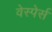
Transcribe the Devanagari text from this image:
वेस्पेर्स